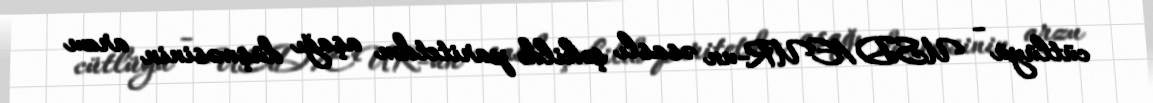
cütlüyü - USD/EUR-un əsaslı şəkildə paritetdən aşağı düşməsinin arzu